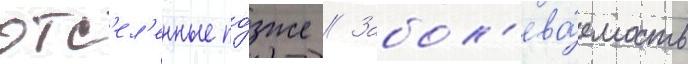
отс'ел'енные по́зже // Забол'ева́емость